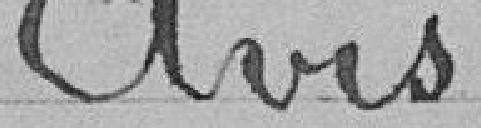
Avis